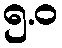
၅.ဝ